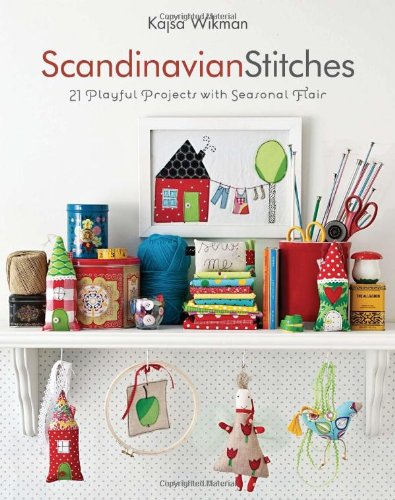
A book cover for Scandinavian Stitches: 21 Playful Projects with Seasonal Flair; Kajsa Wikman; Crafts, Hobbies & Home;